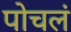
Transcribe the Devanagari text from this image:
पोचलं